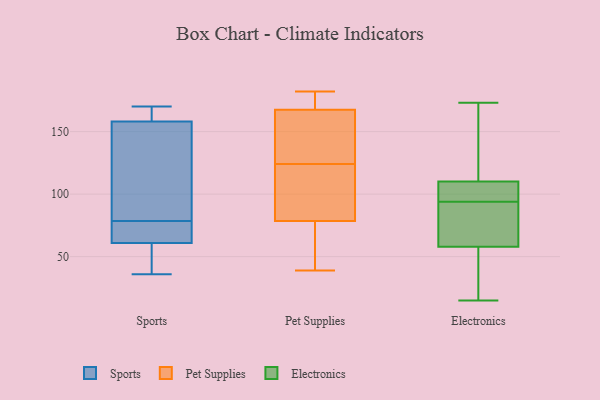
{"axis": {"x": "Backlog", "y": "Value"}, "legend": ["Electronics", "Pet Supplies", "Sports"], "data": [{"x": "", "y": 72, "type": "Sports"}, {"x": "", "y": 85, "type": "Sports"}, {"x": "", "y": 61, "type": "Sports"}, {"x": "", "y": 71, "type": "Sports"}, {"x": "", "y": 36, "type": "Sports"}, {"x": "", "y": 130, "type": "Sports"}, {"x": "", "y": 165, "type": "Sports"}, {"x": "", "y": 170, "type": "Sports"}, {"x": "", "y": 40, "type": "Sports"}, {"x": "", "y": 158, "type": "Sports"}, {"x": "", "y": 86, "type": "Pet Supplies"}, {"x": "", "y": 71, "type": "Pet Supplies"}, {"x": "", "y": 116, "type": "Pet Supplies"}, {"x": "", "y": 39, "type": "Pet Supplies"}, {"x": "", "y": 132, "type": "Pet Supplies"}, {"x": "", "y": 160, "type": "Pet Supplies"}, {"x": "", "y": 142, "type": "Pet Supplies"}, {"x": "", "y": 182, "type": "Pet Supplies"}, {"x": "", "y": 39, "type": "Pet Supplies"}, {"x": "", "y": 178, "type": "Pet Supplies"}, {"x": "", "y": 175, "type": "Pet Supplies"}, {"x": "", "y": 115, "type": "Pet Supplies"}, {"x": "", "y": 139, "type": "Electronics"}, {"x": "", "y": 46, "type": "Electronics"}, {"x": "", "y": 56, "type": "Electronics"}, {"x": "", "y": 118, "type": "Electronics"}, {"x": "", "y": 89, "type": "Electronics"}, {"x": "", "y": 105, "type": "Electronics"}, {"x": "", "y": 95, "type": "Electronics"}, {"x": "", "y": 100, "type": "Electronics"}, {"x": "", "y": 110, "type": "Electronics"}, {"x": "", "y": 61, "type": "Electronics"}, {"x": "", "y": 173, "type": "Electronics"}, {"x": "", "y": 99, "type": "Electronics"}, {"x": "", "y": 15, "type": "Electronics"}, {"x": "", "y": 150, "type": "Electronics"}, {"x": "", "y": 78, "type": "Electronics"}, {"x": "", "y": 58, "type": "Electronics"}, {"x": "", "y": 93, "type": "Electronics"}, {"x": "", "y": 24, "type": "Electronics"}]}